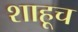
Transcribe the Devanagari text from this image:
शाहूच